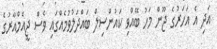
އަދި އެ އަހަރުގެ ޖޫން މަހު ބޭއްވި ކައުންސިލް ބައްދަލުވުމެއްގައި ވެސް ޖީއެމްއާރުގެ